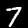
Digit: 7